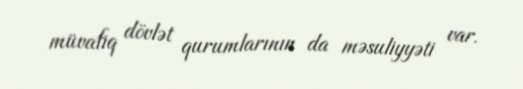
müvafiq dövlət qurumlarının da məsuliyyəti var.